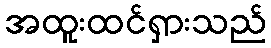
အထူးထင်ရှားသည်